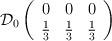
LaTeX: \begin{align*}\mathcal{D}_{0}\left( \begin{array}{ccc}0 & 0 & 0\\\frac{1}{3} & \frac{1}{3} & \frac{1}{3}\end{array}\right)\end{align*}